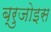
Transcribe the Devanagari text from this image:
ब्रुजोइस